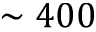
\sim 4 0 0